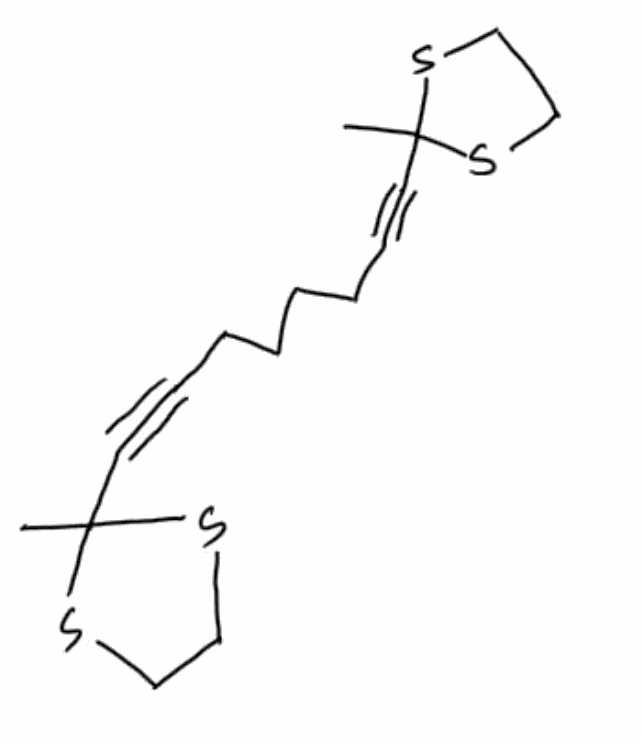
Simplified molecular-input line-entry system (SMILES) notation of the given molecule:
CC1(SCCS1)C#CCCCCC#CC2(SCCS2)C